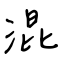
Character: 混